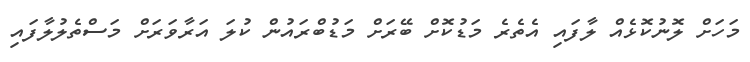
މަހަށް ލޮނުކޮޅެއް ލާފައި އެތެރެ މަޑުކޮށް ބޭރަށް މަޑުބްރައުން ކުލަ އަރާވަރަށް މަސްތެލުލާފައި